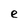
Character: e